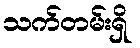
သက်တမ်းရှိ